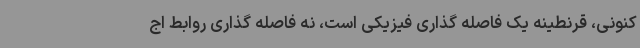
کنونی، قرنطینه یک فاصله گذاری فیزیکی است، نه فاصله گذاری روابط اج